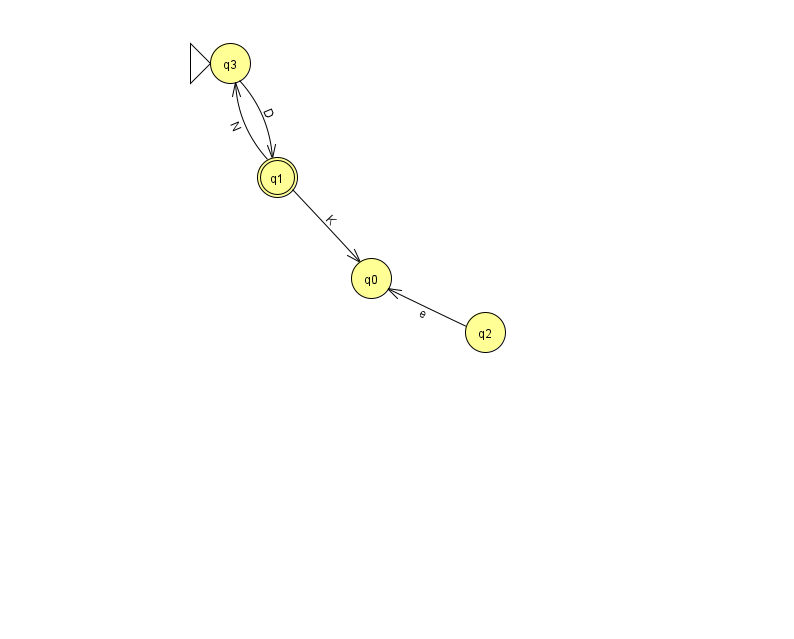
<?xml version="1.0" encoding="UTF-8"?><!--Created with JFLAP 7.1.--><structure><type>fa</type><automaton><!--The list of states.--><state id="0" name="q0"><x>371.0</x><y>265.0</y></state><state id="1" name="q1"><x>277.0</x><y>164.0</y><final/></state><state id="2" name="q2"><x>485.0</x><y>319.0</y></state><state id="3" name="q3"><x>230.0</x><y>50.0</y><initial/></state><!--The list of transitions.--><transition><from>2</from><to>0</to><read>e</read></transition><transition><from>1</from><to>3</to><read>N</read></transition><transition><from>3</from><to>1</to><read>D</read></transition><transition><from>1</from><to>0</to><read>K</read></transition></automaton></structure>